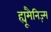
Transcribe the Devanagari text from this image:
ह्यूमैनिज़्म